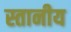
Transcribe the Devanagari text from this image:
स्तानीय